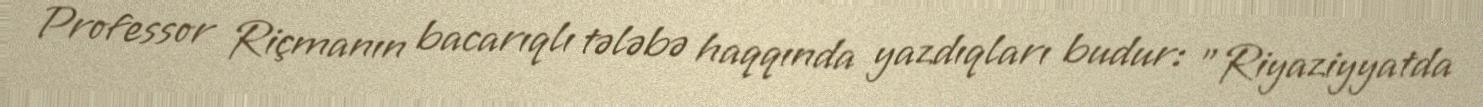
Professor Riçmanın bacarıqlı tələbə haqqında yazdıqları budur: "Riyaziyyatda